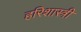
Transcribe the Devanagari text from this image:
हरिशास्त्री